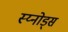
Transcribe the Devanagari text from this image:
स्य्नोड्स